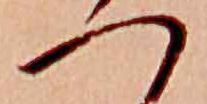
つ